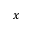
x